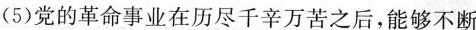
(5)党的革命事业在历尽千辛万苦之后，能够不断